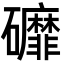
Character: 䃺